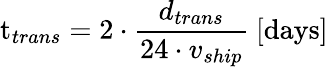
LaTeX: \mathrm{t}_{trans}=2\cdot\frac{d_{trans}}{24\cdot v_{ship}}\ [\mathrm{days}]